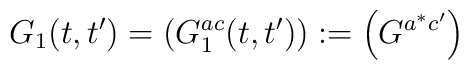
G_{1}(t,t') = \left( G_{1}^{ac}(t,t') \right) := \left( G^{a^{*}c'}\right)